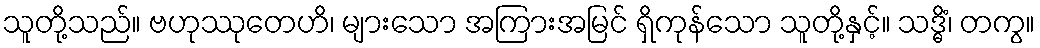
သူတို့သည်။ ဗဟုဿုတေဟိ၊ များသော အကြားအမြင် ရှိကုန်သော သူတို့နှင့်။ သဒ္ဓိံ၊ တကွ။